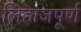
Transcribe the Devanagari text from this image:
लिहाजपूर्ण